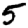
Digit: 5